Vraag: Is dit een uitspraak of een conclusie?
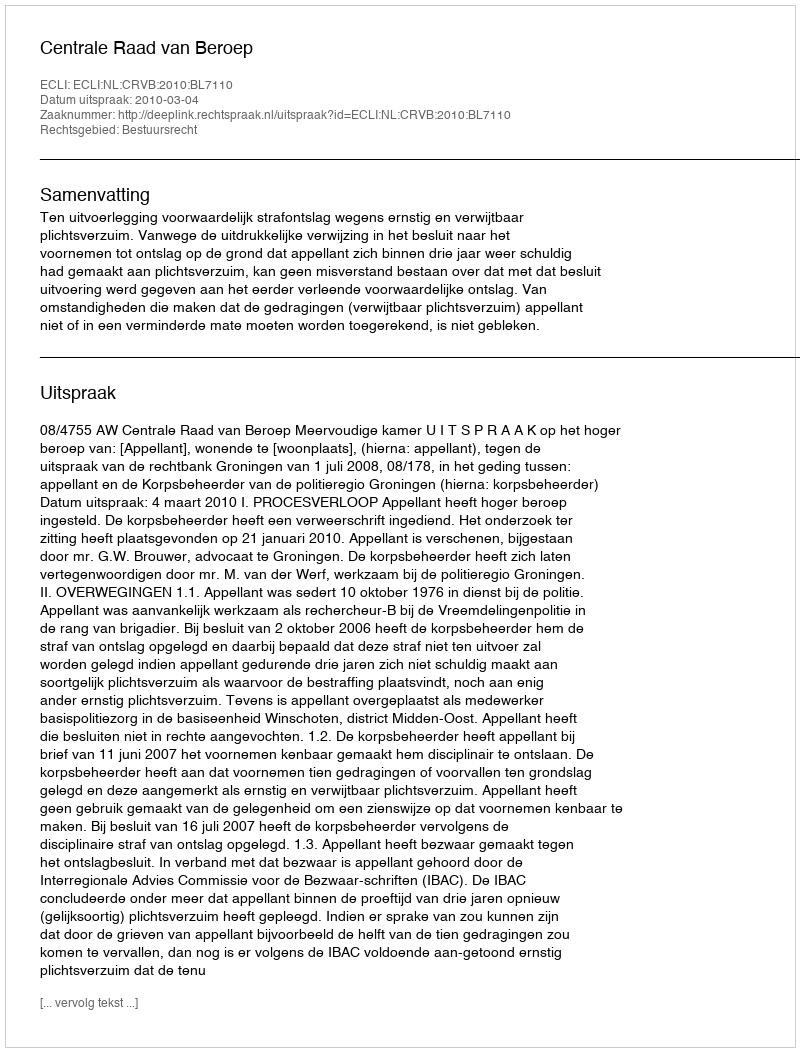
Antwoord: Uitspraak